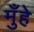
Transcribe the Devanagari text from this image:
मुँहे